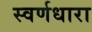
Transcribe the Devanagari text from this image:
स्वर्णधारा